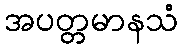
အပတ္တမာနသံ